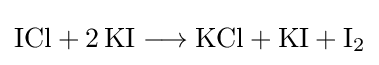
{\mathrm {ICl} {}+{}2\,\mathrm {KI} {}\mathrel {\longrightarrow } {}\mathrm {KCl} {}+{}\mathrm {KI} {}+{}\mathrm {I} {\vphantom {A}}_{\smash[{t}]{2}}}